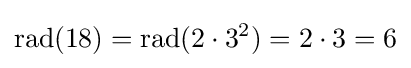
{\text{rad}}(18)={\text{rad}}(2\cdot 3^{2})=2\cdot 3=6